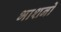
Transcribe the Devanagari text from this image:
भाशनो